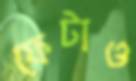
ফেটাও